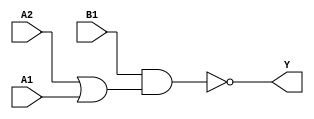
module sky130_fd_sc_hdll__o21ai (
    Y ,
    A1,
    A2,
    B1
);

    // Module ports
    output Y ;
    input  A1;
    input  A2;
    input  B1;

    // Local signals
    wire or0_out    ;
    wire nand0_out_Y;

    //   Name   Output       Other arguments
    or   or0   (or0_out    , A2, A1         );
    nand nand0 (nand0_out_Y, B1, or0_out    );
    buf  buf0  (Y          , nand0_out_Y    );

endmodule